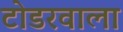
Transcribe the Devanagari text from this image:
टोडरवाला